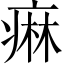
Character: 痳